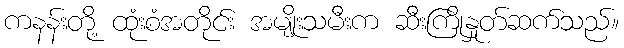
ကနန်းတို့ ထုံးစံအတိုင်း အမျိုးသမီးက ဆီးကြိုနှုတ်ဆက်သည်။